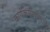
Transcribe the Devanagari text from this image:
कार्यकारिणीमध्ये